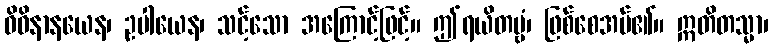
ဝိဓိနာနယေန၊ ဥပါယေန၊ သင့်သော အကြောင့်ဖြင့်။ ဤရယိတဗ္ဗံ၊ ဖြစ်စေအပ်၏။ ဣတိတသ္မာ၊